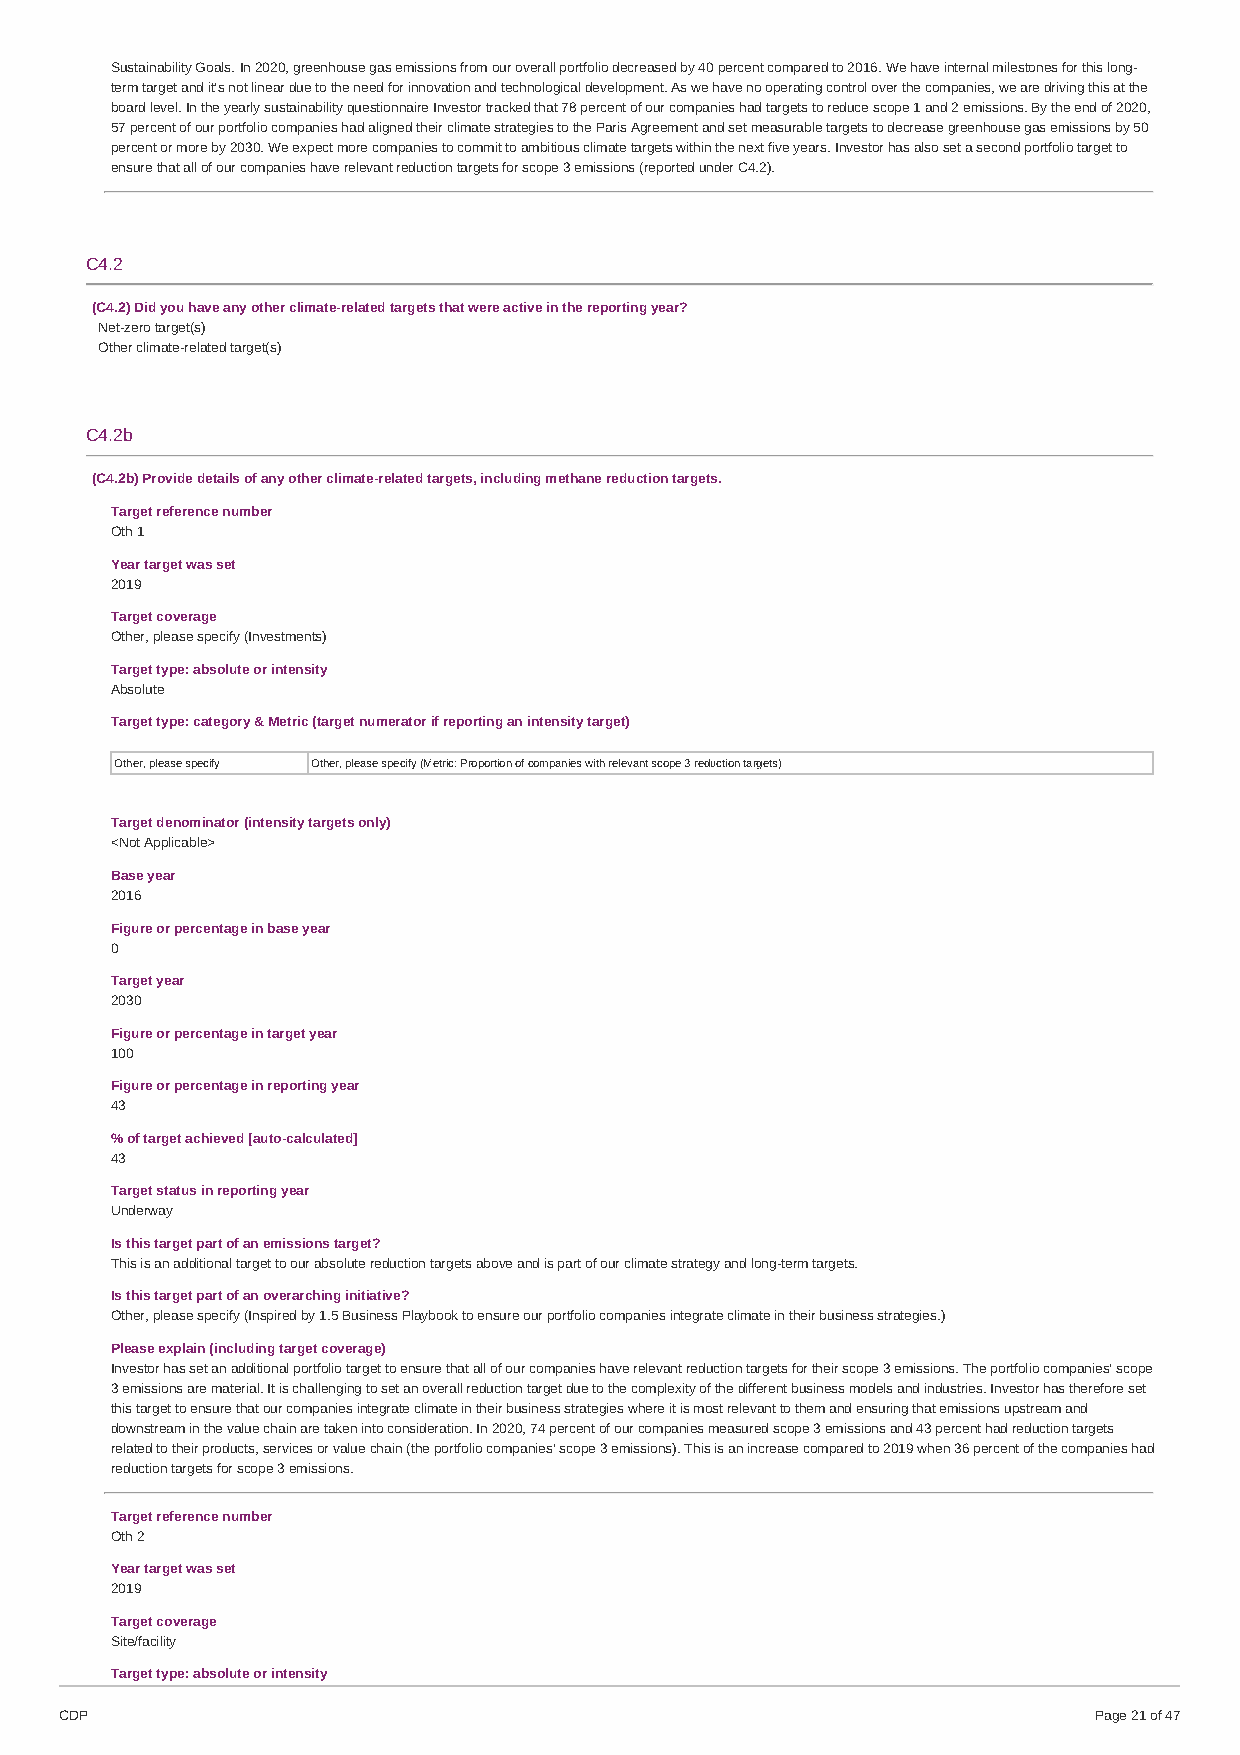
Sustainability Goals. In 2020, greenhouse gas emissions from our overall portfolio decreased by 40 percent compared to 2016. We have internal milestones for this long-
 term target and it’s not linear due to the need for innovation and technological development. As we have no operating control over the companies, we are driving this at the
 board level. In the yearly sustainability questionnaire Investor tracked that 78 percent of our companies had targets to reduce scope 1 and 2 emissions. By the end of 2020,
 57 percent of our portfolio companies had aligned their climate strategies to the Paris Agreement and set measurable targets to decrease greenhouse gas emissions by 50
 percent or more by 2030. We expect more companies to commit to ambitious climate targets within the next five years. Investor has also set a second portfolio target to
 ensure that all of our companies have relevant reduction targets for scope 3 emissions (reported under C4.2).
 C4.2
 (C4.2) Did you have any other climate-related targets that were active in the reporting year?
 Net-zero target(s)
 Other climate-related target(s)
 C4.2b
 (C4.2b) Provide details of any other climate-related targets, including methane reduction targets.
 Target reference number
 Oth 1
 Year target was set
 2019
 Target coverage
 Other, please specify (Investments)
 Target type: absolute or intensity
 Absolute
 Target type: category & Metric (target numerator if reporting an intensity target)
 Other, please specify Other, please specify (Metric: Proportion of companies with relevant scope 3 reduction targets)
 Target denominator (intensity targets only)
 <Not Applicable>
 Base year
 2016
 Figure or percentage in base year
 0
 Target year
 2030
 Figure or percentage in target year
 100
 Figure or percentage in reporting year
 43
 % of target achieved [auto-calculated]
 43
 Target status in reporting year
 Underway
 Is this target part of an emissions target?
 This is an additional target to our absolute reduction targets above and is part of our climate strategy and long-term targets.
 Is this target part of an overarching initiative?
 Other, please specify (Inspired by 1.5 Business Playbook to ensure our portfolio companies integrate climate in their business strategies.)
 Please explain (including target coverage)
 Investor has set an additional portfolio target to ensure that all of our companies have relevant reduction targets for their scope 3 emissions. The portfolio companies’ scope
 3 emissions are material. It is challenging to set an overall reduction target due to the complexity of the different business models and industries. Investor has therefore set
 this target to ensure that our companies integrate climate in their business strategies where it is most relevant to them and ensuring that emissions upstream and
 downstream in the value chain are taken into consideration. In 2020, 74 percent of our companies measured scope 3 emissions and 43 percent had reduction targets
 related to their products, services or value chain (the portfolio companies' scope 3 emissions). This is an increase compared to 2019 when 36 percent of the companies had
 reduction targets for scope 3 emissions.
 Target reference number
 Oth 2
 Year target was set
 2019
 Target coverage
 Site/facility
 Target type: absolute or intensity
 CDP                                                                 Page 21 of 47